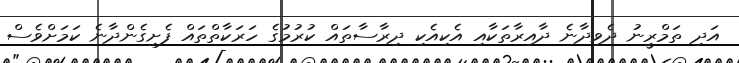
އަދި ތަމްރީނު ދެވިދާނެ ދާއިރާތަކާއި އެކިއެކި ދިރާސާތައް ކުރުމުގެ ހަރަކާތްތައް ފެށިގެންދާނެ ކަމަށްވެސް